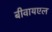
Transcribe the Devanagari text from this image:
बीवायएल